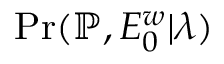
\mathrm { P r } ( \mathbb { P } , E _ { 0 } ^ { w } | \boldsymbol { \lambda } )